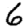
Digit: 6